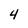
Character: 4